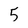
Character: 5